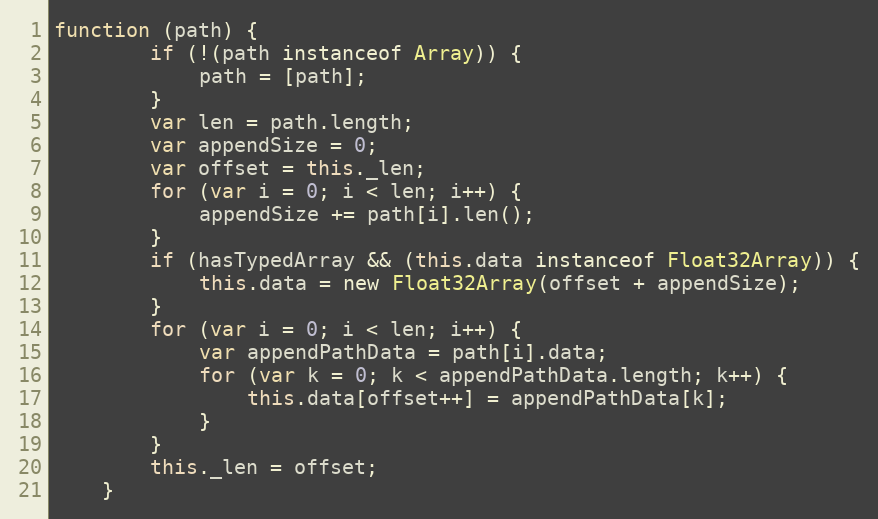
Language: JavaScript
function (path) {
        if (!(path instanceof Array)) {
            path = [path];
        }
        var len = path.length;
        var appendSize = 0;
        var offset = this._len;
        for (var i = 0; i < len; i++) {
            appendSize += path[i].len();
        }
        if (hasTypedArray && (this.data instanceof Float32Array)) {
            this.data = new Float32Array(offset + appendSize);
        }
        for (var i = 0; i < len; i++) {
            var appendPathData = path[i].data;
            for (var k = 0; k < appendPathData.length; k++) {
                this.data[offset++] = appendPathData[k];
            }
        }
        this._len = offset;
    }